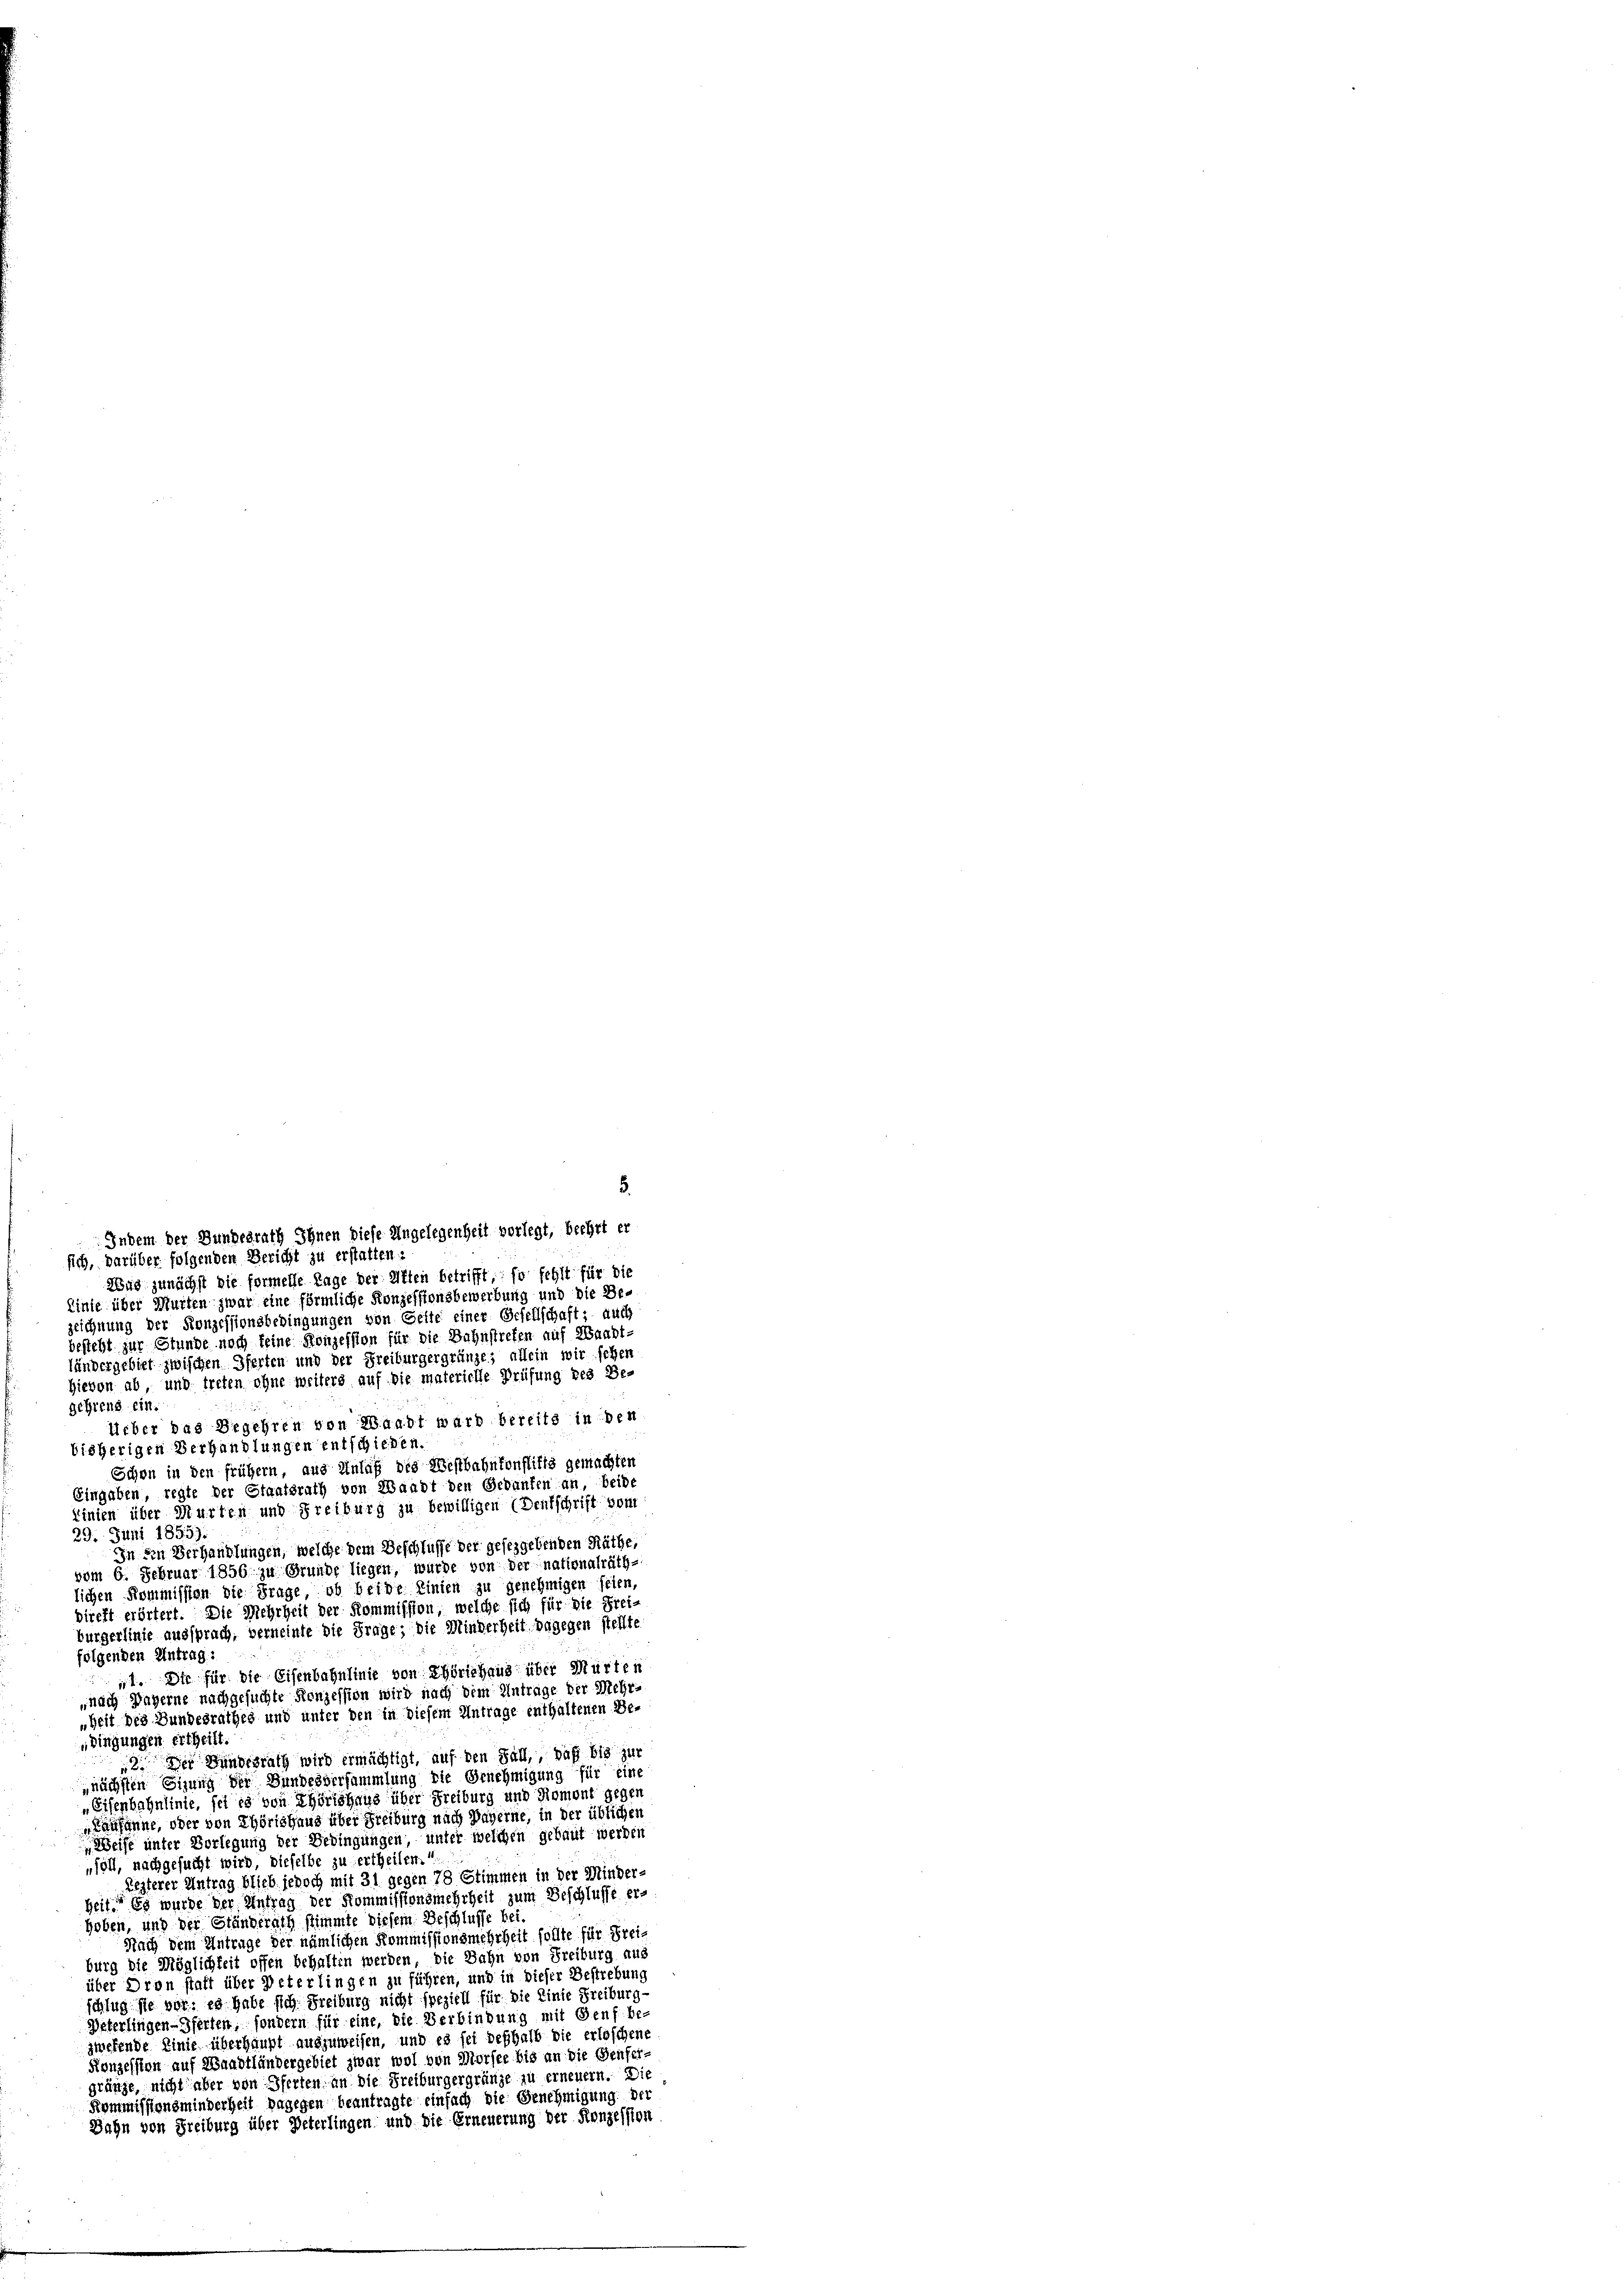
Indem der Bundesrath Ihnen diese Angelegenheit verlegt, beehrt er
sich, darüber folgenden Bericht zu erstatten:

Wud zunächst die formelle Tage der Alten betrifft, so fehlt für die
Linie über Murten zwar eine förmliche Konzessionsbewerbung und die Bezeichnung der Konzessionsbedingungen von Gelte einer Gesellschaft; auch
besteht zur Stunde noch keine Konzession für die Bahnstreten auf Waadt-
ländergebiet zwischen Pferten und der Freiburgergränze; allein wir schen
Hievon ab, und treten ohne weiters auf die materielle Prüfung des Be-
gehrend ein.
lieber das Begehren von Waadt ward bereits in den
bisherigen Verhandlungen entschieden.
Schon in den früher, aus Anlaß des Westbahnkonflikts gemachten
Eingaben, regte der Staatsrath von Waadt den Gedanken an, beide
Linien über Murten und Freiburg zu bewilligen (Dentschrift vom
29. Juni 1855).
In den Verhandlungen, welche dem Beschlüsse der gesezgebenden Räthe,
vom 6. Februar 1856 zu Grunde liegen, wurde von der nationalräthlichen Kommission die Frage, ob beide Linien zu genehmigen seien,
direkt erörtert. Die Mehrheit der Kommission, welche sich für die Frei-
Burgerlinie aussprach, verneinte die Frage; die Minderheit dagegen stellte
folgenden Antrag:
t. Die für die Eisenbahnlinie von Thörichaus über Murten
nach Payerne nachgesuchte Konzession wird nach dem Antrage der Mehr-
„Zeit des Bundesrathes und unter den in diesem Antrage enthaltenen Be¬
„Singungen ertheilt
2. Der Bundesrath wird ermächtigt, auf den Fall, daß bis zur
nächsten Einung der Bundesversammlung die Genehmigung für eine
„Eisenbahnlinie, sei es von Thörtshaus über Freiburg und Roment gegen
Lausanne, oder von Thörishaus über Freiburg nach Bayerne, in der üblichen
Weise unter Vorlegung der Bedingungen, unter welchen gebaut werden
„soll, nachgesucht wird, dieselbe zu ertheilen.
Lezterer Antrag blieb jedoch mit 31 gegen 78 Stimmen in der Minder-
heit. Es wurde der Antrag der Kommissionsmehrheit zum Beschlusse er-
hoben, und der Ständerath stimmte diesem Beschluße bei
Nach dem Antrage der nämlichen Kommissionsmehrheit sollte für Frei-
burg die Möglichkeit offen behalten werden, die Bahn von Freiburg aus
über Dron statt über Peterlingen zu führen, und in dieser Bestrebung
schlug sie vor: es habe sich Freiburg nicht speziell für die Linie Freiburg-
Peterlingen-Pferden, sondern für eine, die Verbindung mit Genf be-
zwesende Linie überhaupt auszuweisen, und es sei deßhalb die erloschen,
Konzession auf Waadtländergebiet zwar wol von Morsee bis an die Genfer-
gränze, nicht aber von Pferten an die Freiburgergränze zu erneuern. Die
Kommissionsminderheit dagegen beantragte einfach die Genehmigung der
Dahn von Freiburg über Peterlingen und die Erneuerung der Konzession